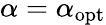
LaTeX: \alpha=\alpha_{\mathrm{opt}}